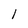
Character: I